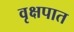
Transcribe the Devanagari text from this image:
वृक्षपात